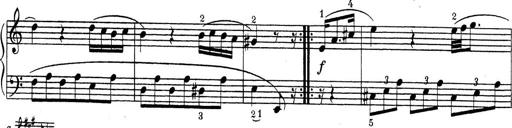
Title: ÄŒeskÃ© Sonatiny
Composer: Various